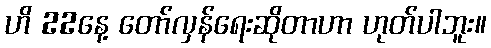
ဟိ 22နေ့ တော်လှန်ရေးဆိုတာဟာ ဟုတ်ပါဘူး။